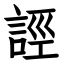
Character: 誙